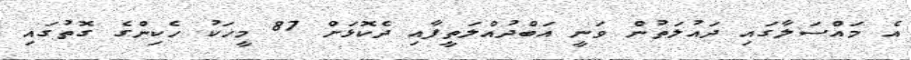
އެ މައްސަލާގައި ދައުލަތުން ވަނީ އަބްދުއްލަތީފާއި ދެކޮޅަށް 87 މީހަކު ހެކިންގެ ގޮތުގައި